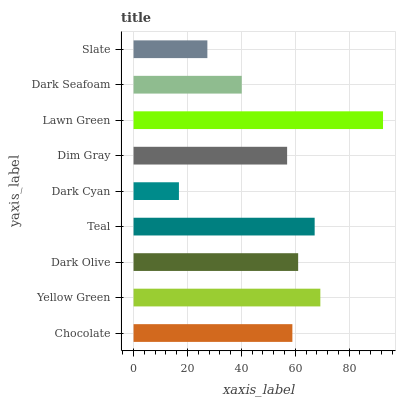
| yaxis_label | bars |
 | --- | --- |
 | Chocolate | 58.9 |
 | Yellow Green | 69.3 |
 | Dark Olive | 61.1 |
 | Teal | 67.2 |
 | Dark Cyan | 16.8 |
 | Dim Gray | 57 |
 | Lawn Green | 92.6 |
 | Dark Seafoam | 40.1 |
 | Slate | 27.4 |